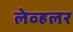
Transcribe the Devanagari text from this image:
लेव्हलर